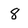
Character: 8